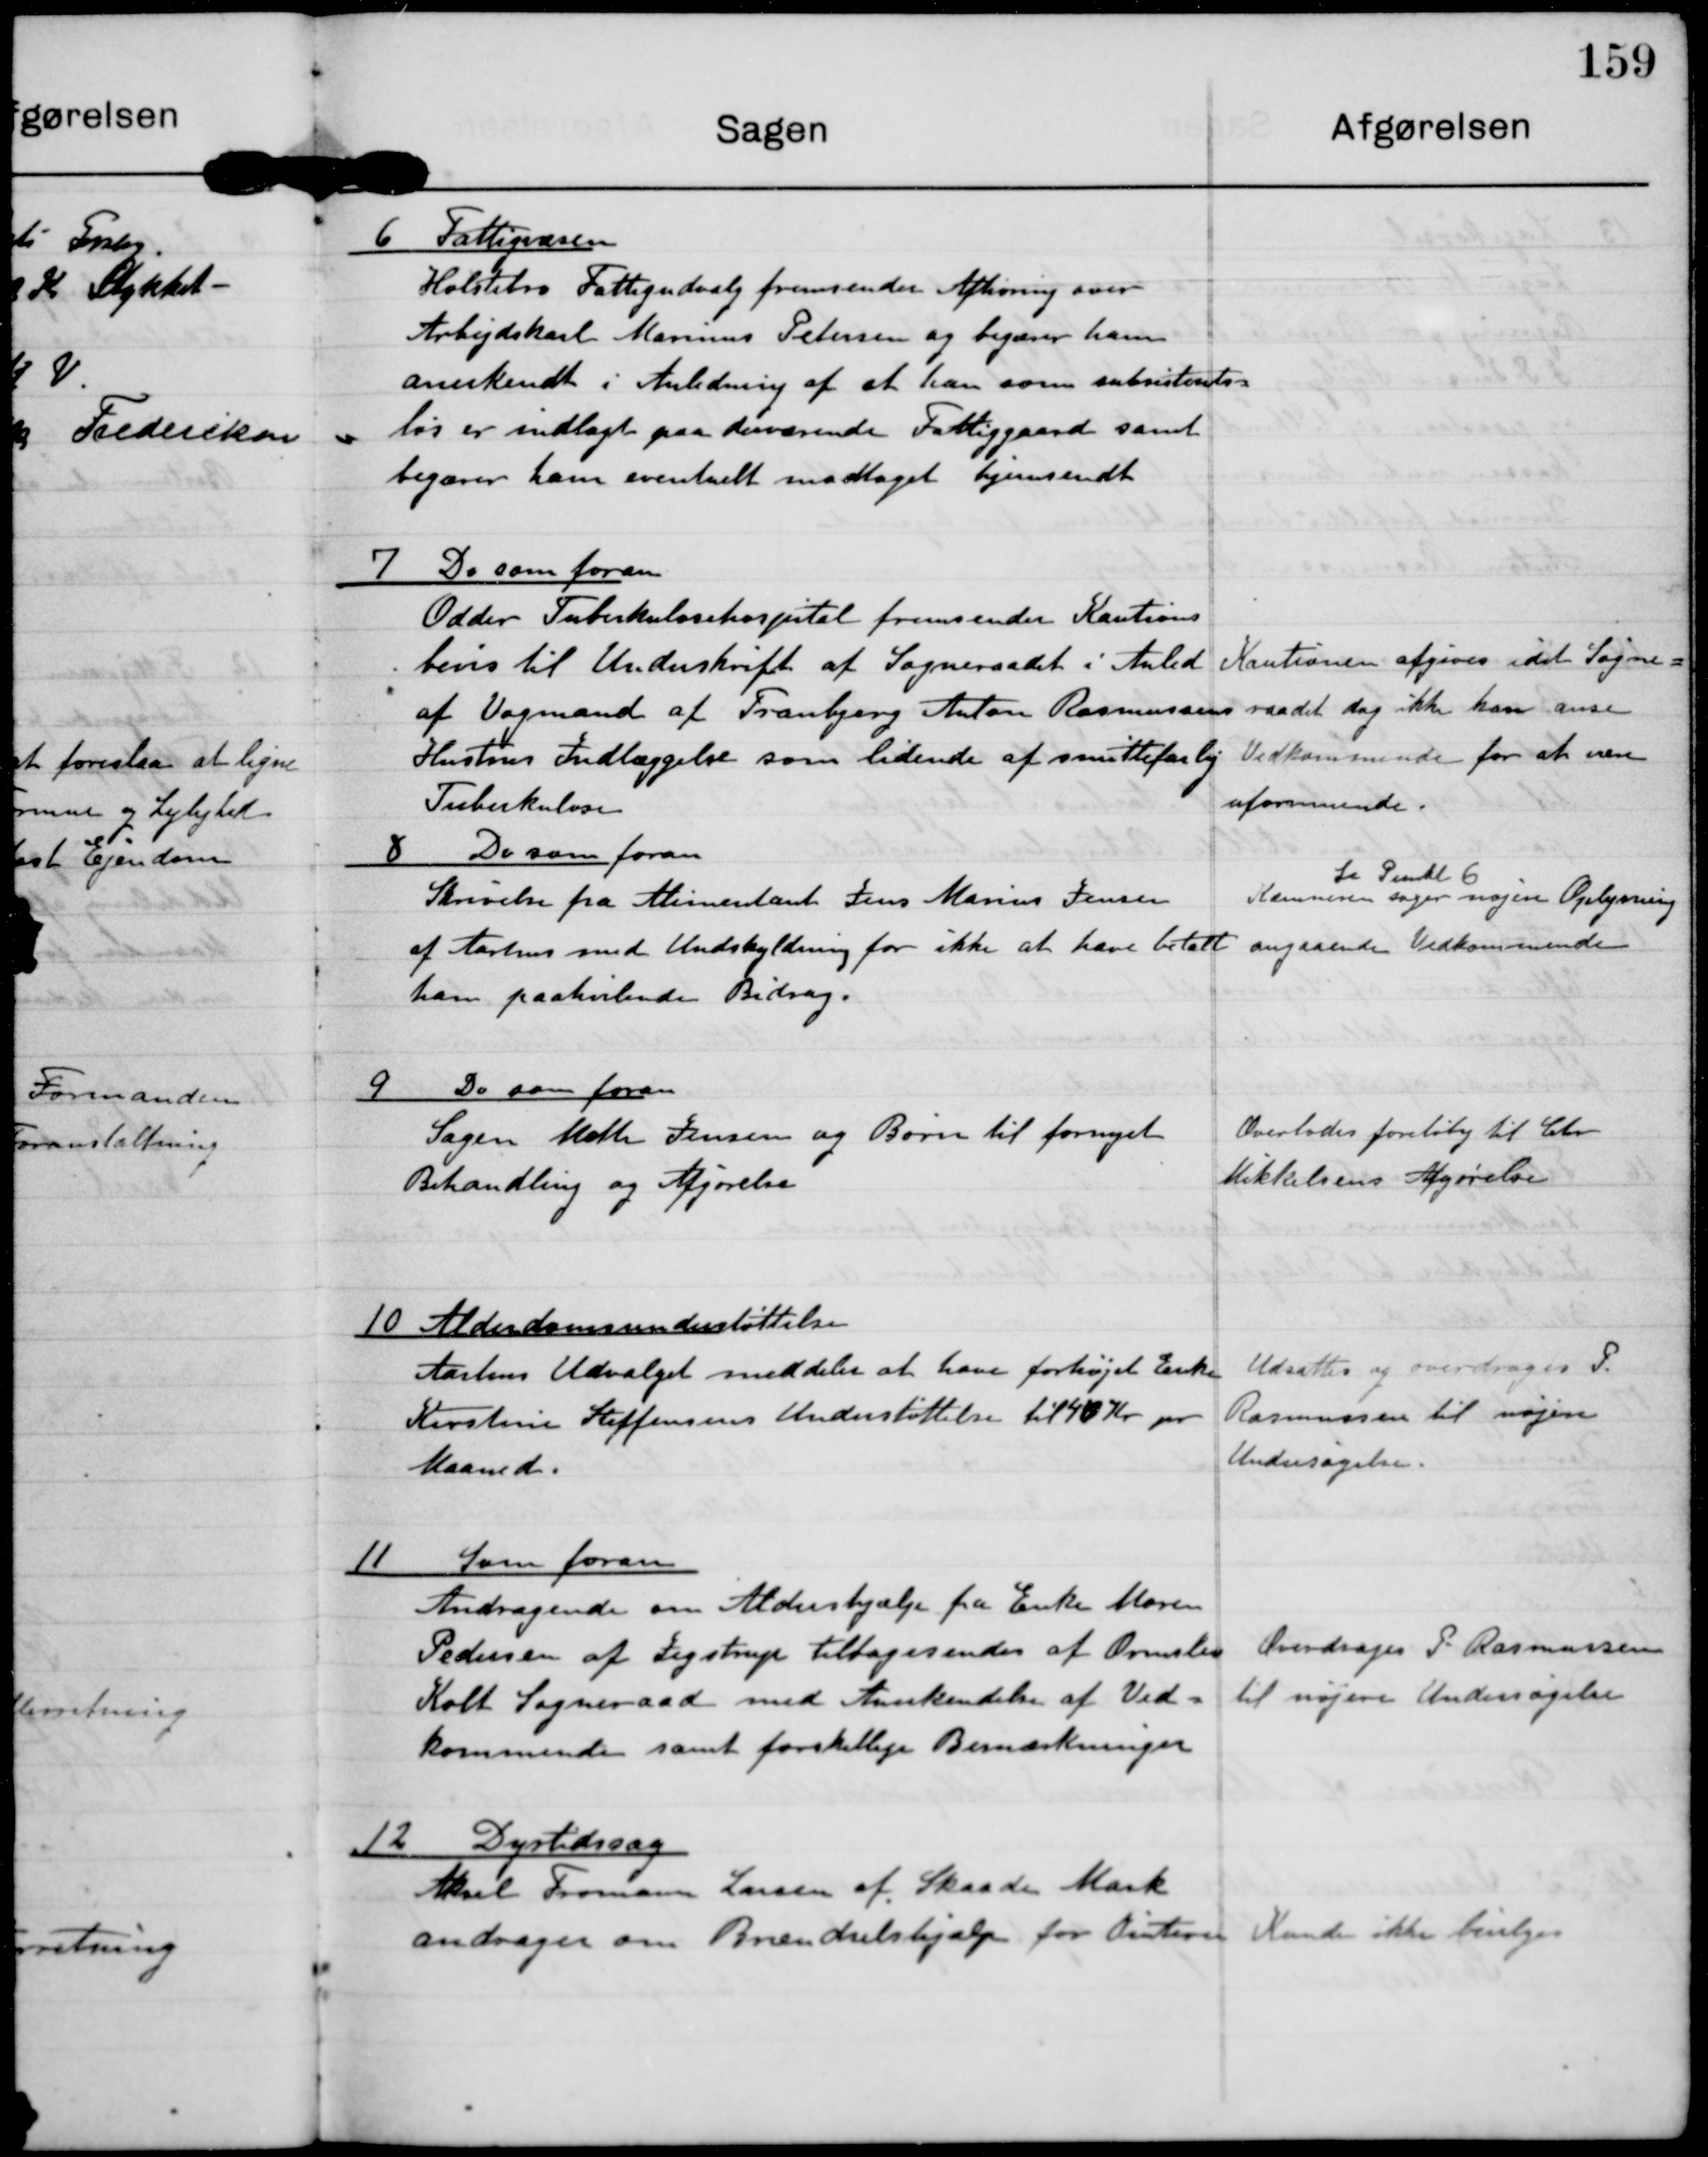
Transskription:
6 Fattigvæsen
Holstebro Fattigudvalg fremsender Afhøring over
Arbejdskarl Marinus Petersen og begærer ham
anerkendt i Anledning af at han som subsistents-
løs er indlagt på derværende Fattiggaard samt
begærer ham eventuelt modtaget hjemsendt.

7 Do som foran
Odder Tuberkulosehospital fremsender Kautions-
bevis til Underskrift af Sogneraadet i Anled
af Vognmand af Tranbjerg Anton Rasmussens
Hustrus Indlæggelse som lidende af smittefarlig
Tuberkulose.

Kautionen afgives idet Sogne-
raadet dog ikke kan anse
Vedkommende for at være
uformuende.

8 Do som foran
Skrivelse fra Alimentant Jens Marius Jensen
af Aarhus med Undskyldning for ikke at have betalt
ham paahvilende Bidrag.

La Punkt 6
Kommunen søger nogen Oplysning
angaaende Vedkommende

9 Do som foran
Sagen Metha Jensen og Børn til fornyet
Behandling af Afgørelse

Overlodes foreløbig til Chr.
Mikkelsens Afgørelse

10 Alderdomsunderstøttelse
Aarhus Udvalget meddeler at have forhøjet Enke
Kristine Steffensens Understøttelse til 40 Kr pr
Maaned.

Udsattes og overdroges P.
Rasmussen til nøjere
Undersøgelse.

11 Som foran
Andragende om Aldershjælp fra Enke Maren
Pedersen af Jegstrup tilbagesendes af Ormslev
Kolt Sogneraad med Anerkendelse af Ved-
kommende samt forskellige Bemærkninger.

Overdroges P Rasmussen
til nøjere Undersøgelse

12 Dyrtidssag
Aksel Fromann Larsen af Skaade Mark
andrager om Brændselshjælp for Vinteren

Kunde ikke bevilges.